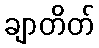
ချာတိတ်